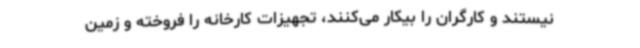
نیستند و کارگران را بیکار می‌کنند، تجهیزات کارخانه را فروخته و زمین